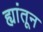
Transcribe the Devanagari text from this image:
ह्यांतून